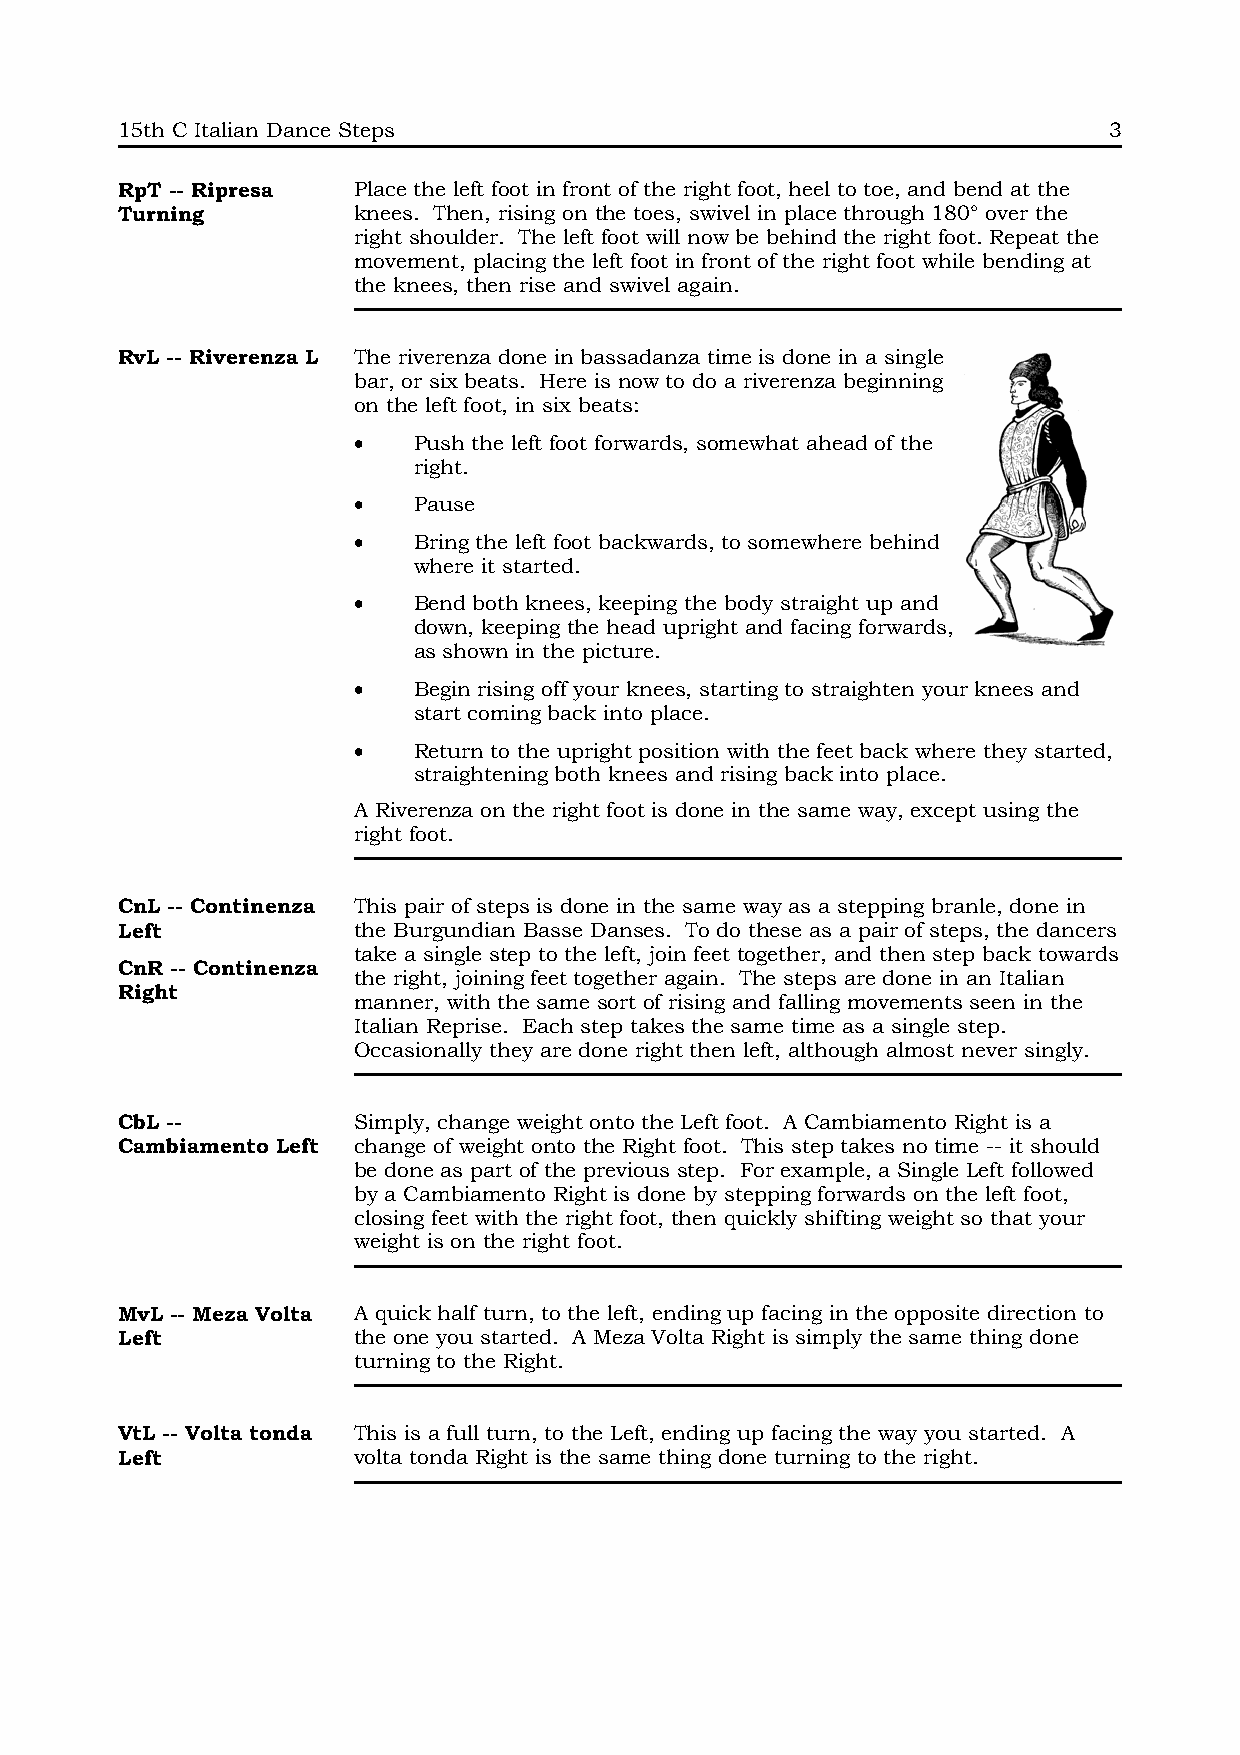
15th C Italian Dance Steps                                       3
 RpT -- Ripresa Place the left foot in front of the right foot, heel to toe, and bend at the
 Turning        knees. Then, rising on the toes, swivel in place through 180° over the
 right shoulder. The left foot will now be behind the right foot. Repeat the
 movement, placing the left foot in front of the right foot while bending at
 the knees, then rise and swivel again.
 RvL -- Riverenza L The riverenza done in bassadanza time is done in a single
 bar, or six beats. Here is now to do a riverenza beginning
 on the left foot, in six beats:
 •   Push the left foot forwards, somewhat ahead of the
 right.
 •   Pause
 •   Bring the left foot backwards, to somewhere behind
 where it started.
 •   Bend both knees, keeping the body straight up and
 down, keeping the head upright and facing forwards,
 as shown in the picture.
 •   Begin rising off your knees, starting to straighten your knees and
 start coming back into place.
 •   Return to the upright position with the feet back where they started,
 straightening both knees and rising back into place.
 A Riverenza on the right foot is done in the same way, except using the
 right foot.
 CnL -- Continenza This pair of steps is done in the same way as a stepping branle, done in
 Left           the Burgundian Basse Danses. To do these as a pair of steps, the dancers
 take a single step to the left, join feet together, and then step back towards
 CnR -- Continenza
 the right, joining feet together again. The steps are done in an Italian
 Right
 manner, with the same sort of rising and falling movements seen in the
 Italian Reprise. Each step takes the same time as a single step.
 Occasionally they are done right then left, although almost never singly.
 CbL --         Simply, change weight onto the Left foot. A Cambiamento Right is a
 Cambiamento Left change of weight onto the Right foot. This step takes no time -- it should
 be done as part of the previous step. For example, a Single Left followed
 by a Cambiamento Right is done by stepping forwards on the left foot,
 closing feet with the right foot, then quickly shifting weight so that your
 weight is on the right foot.
 MvL -- Meza Volta A quick half turn, to the left, ending up facing in the opposite direction to
 Left           the one you started. A Meza Volta Right is simply the same thing done
 turning to the Right.
 VtL -- Volta tonda This is a full turn, to the Left, ending up facing the way you started. A
 Left           volta tonda Right is the same thing done turning to the right.